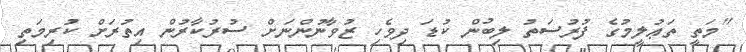
"މަތީ ތަޢުލީމުގެ ފުރުސަތު ލިބުން ކުޑަ ދިވެހި ޒުވާނުންނަށް ސުރުކާރުން އިތުރަށް ކުރިމަތި